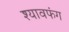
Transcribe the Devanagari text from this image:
श्यावफंग